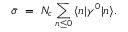
\bar { \sigma } \ = \ N _ { c } \sum _ { n \leq 0 } \, \langle n | \gamma ^ { 0 } | n \rangle .